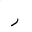
Letter: _ra